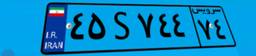
۸۴S۱۶۶۹۷